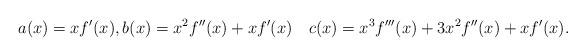
LaTeX: \begin{align*} a(x) = xf'(x), b(x) = x^2f''(x) + xf'(x) \quad c(x) = x^3f'''(x) + 3x^2f''(x) + xf'(x).\end{align*}